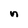
Character: n